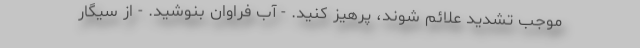
موجب تشدید علائم شوند، پرهیز کنید. - آب فراوان بنوشید. - از سیگار